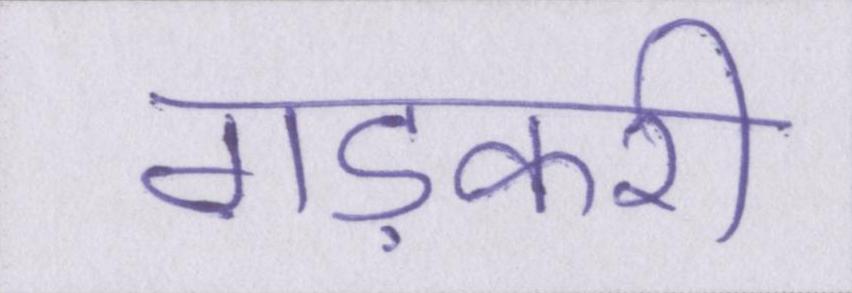
गड़करी